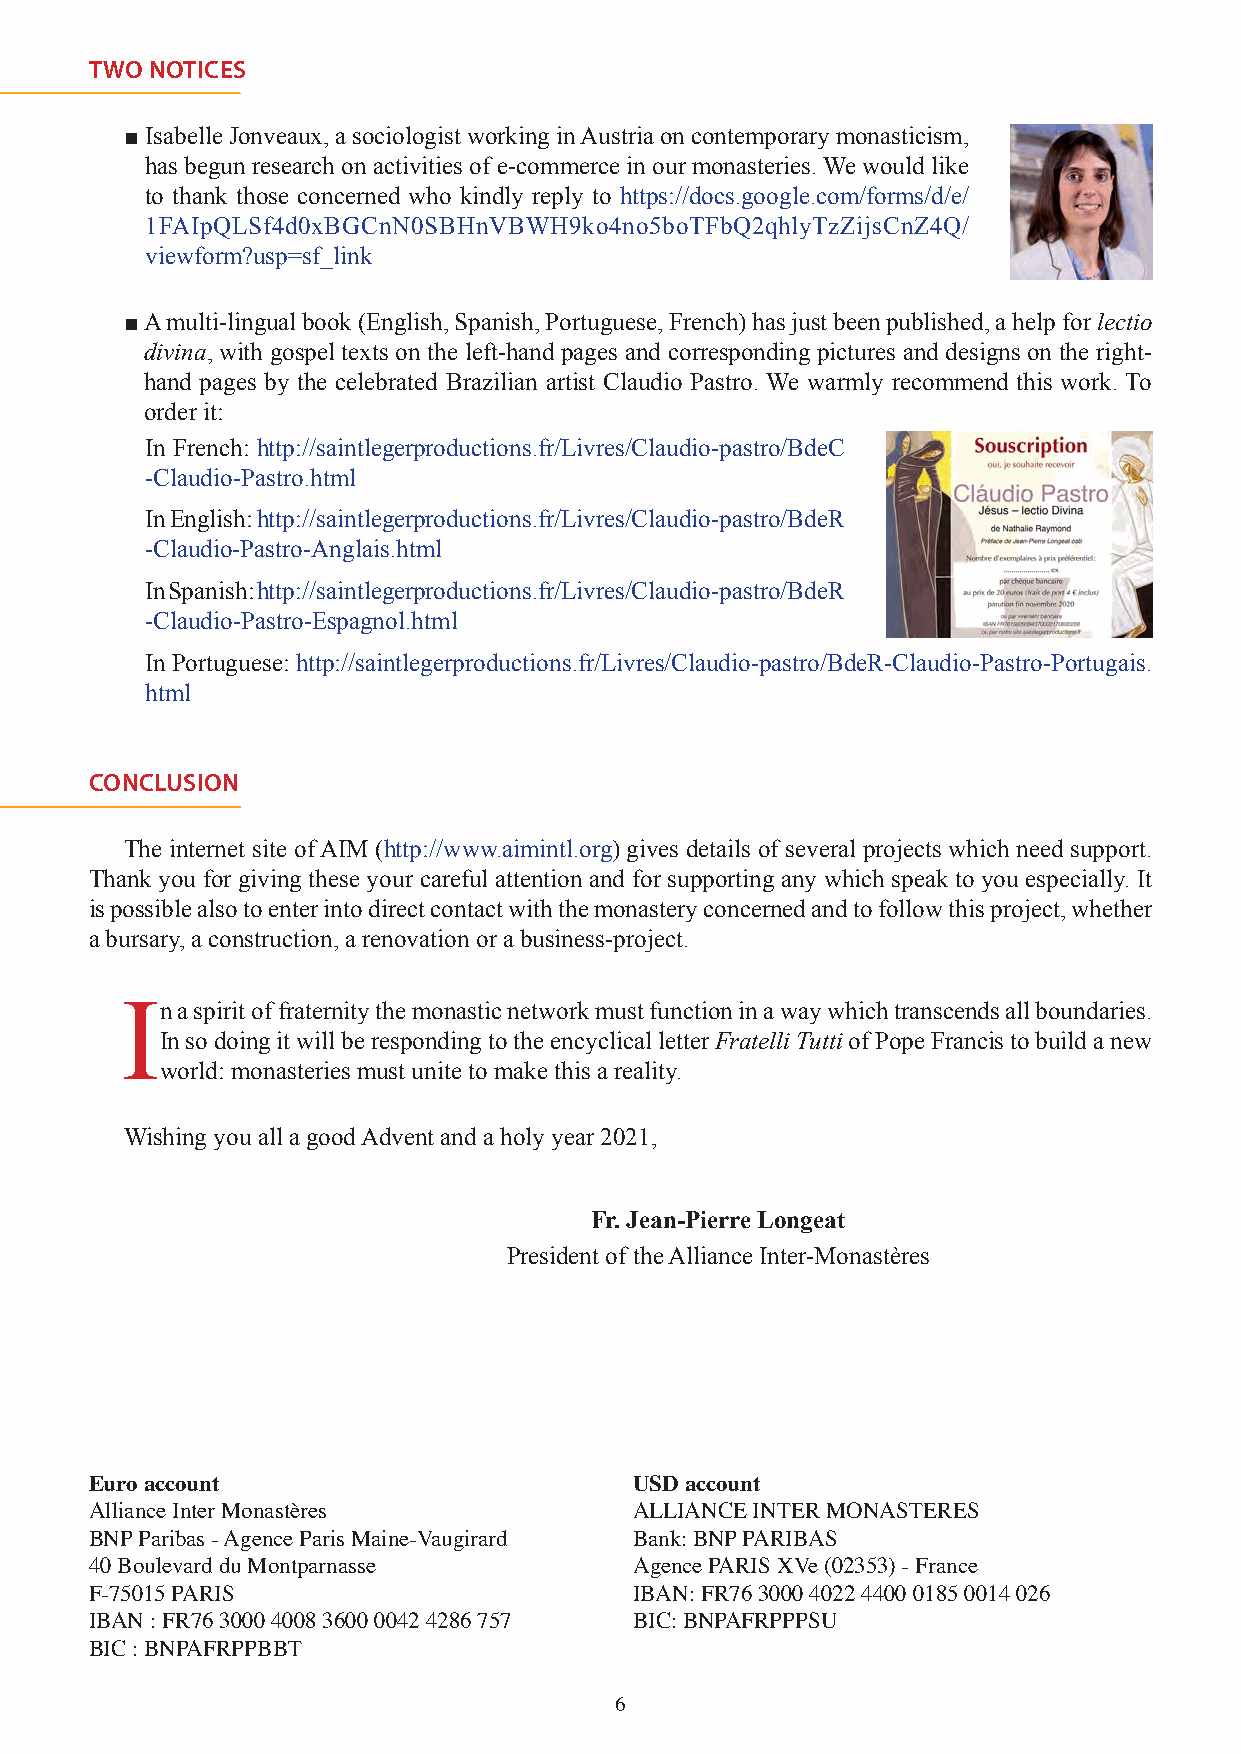
TWO NOTICES
 ■ Isabelle Jonveaux, a sociologist working in Austria on contemporary monasticism,
 has begun research on activities of e-commerce in our monasteries. We would like
 to thank those concerned who kindly reply to https://docs.google.com/forms/d/e/
 1FAIpQLSf4d0xBGCnN0SBHnVBWH9ko4no5boTFbQ2qhlyTzZijsCnZ4Q/
 viewform?usp=sf_link
 ■ A multi-lingual book (English, Spanish, Portuguese, French) has just been published, a help for lectio
 divina, with gospel texts on the left-hand pages and corresponding pictures and designs on the right-
 hand pages by the celebrated Brazilian artist Claudio Pastro. We warmly recommend this work. To
 order it:
 ■ In French: http://saintlegerproductions.fr/Livres/Claudio-pastro/BdeC
 -Claudio-Pastro.html
 ■ In English: http://saintlegerproductions.fr/Livres/Claudio-pastro/BdeR
 -Claudio-Pastro-Anglais.html
 ■ In Spanish: http://saintlegerproductions.fr/Livres/Claudio-pastro/BdeR
 -Claudio-Pastro-Espagnol.html
 ■ In Portuguese: http://saintlegerproductions.fr/Livres/Claudio-pastro/BdeR-Claudio-Pastro-Portugais.
 html
 CONCLUSION
 The internet site of AIM (http://www.aimintl.org) gives details of several projects which need support.
 Thank you for giving these your careful attention and for supporting any which speak to you especially. It
 is possible also to enter into direct contact with the monastery concerned and to follow this project, whether
 a bursary, a construction, a renovation or a business-project.
 In  a spirit of fraternity the monastic network must function in a way which transcends all boundaries.
 In so doing it will be responding to the encyclical letter Fratelli Tutti of Pope Francis to build a new
 world: monasteries must unite to make this a reality.
 Wishing you all a good Advent and a holy year 2021,
 Fr. Jean-Pierre Longeat
 President of the Alliance Inter-Monastères
 Euro account                        USD account
 Alliance Inter Monastères           ALLIANCE INTER MONASTERES
 BNP Paribas - Agence Paris Maine-Vaugirard Bank: BNP PARIBAS
 40 Boulevard du Montparnasse        Agence PARIS XVe (02353) - France
 F-75015 PARIS                       IBAN: FR76 3000 4022 4400 0185 0014 026
 IBAN : FR76 3000 4008 3600 0042 4286 757 BIC: BNPAFRPPPSU
 BIC : BNPAFRPPBBT
 6